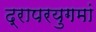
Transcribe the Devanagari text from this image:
द्रापरयुगमां